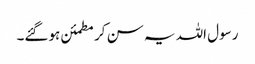
رسول اللہ یہ سن کر مطمئن ہوگئے۔